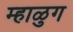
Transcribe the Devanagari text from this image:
म्हाळुग